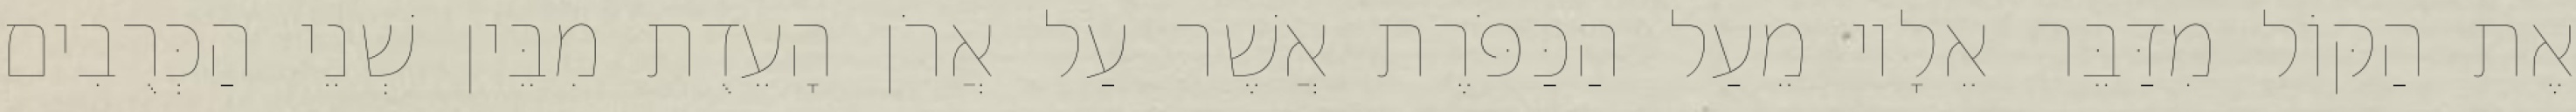
אֶת הַקּוֹל מִדַּבֵּר אֵלָיו מֵעַל הַכַּפֹּרֶת אֲשֶׁר עַל אֲרֹן הָעֵדֻת מִבֵּין שְׁנֵי הַכְּרֻבִים